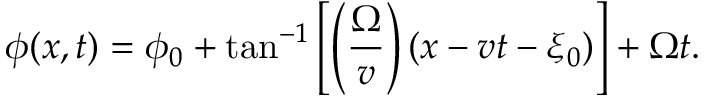
\phi ( x , t ) = \phi _ { 0 } + \tan ^ { - 1 } \left[ \left( \frac { \Omega } { v } \right) ( x - v t - \xi _ { 0 } ) \right] + \Omega t .